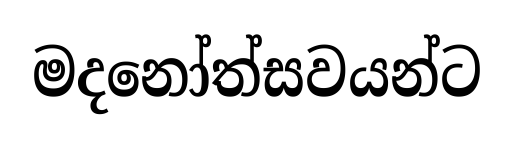
මදනෝත්සවයන්ට